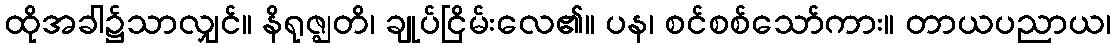
ထိုအခါ၌သာလျှင်။ နိရုဇ္ဈတိ၊ ချုပ်ငြိမ်းလေ၏။ ပန၊ စင်စစ်သော်ကား။ တာယပညာယ၊